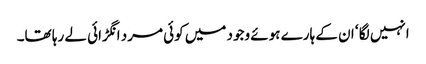
انہیں لگا ‘ ان کے ہارے ہوئے وجود میں کوئی مرد انگڑائی لے رہا تھا۔